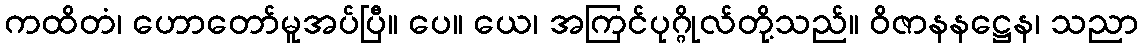
ကထိတံ၊ ဟောတော်မူအပ်ပြီ။ ပေ။ ယေ၊ အကြင်ပုဂ္ဂိုလ်တို့သည်။ ဝိဇာနနဋ္ဌေန၊ သညာ